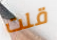
قلت